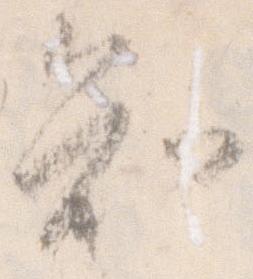
知